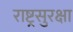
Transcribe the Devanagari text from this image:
राष्ट्रसुरक्षा